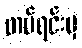
တပ်ရင်းမှ